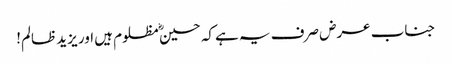
جناب عرض صرف یہ ہےکہ حسینؓ مظلوم ہیں اور یزید ظالم!